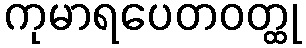
ကုမာရပေတဝတ္ထု